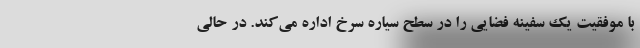
با موفقیت یک سفینه فضایی را در سطح سیاره سرخ اداره می‌کند. در حالی